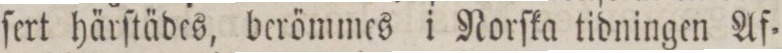
ſert härſtädes, berömmes i Norſka tidningen Af=